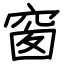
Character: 窗